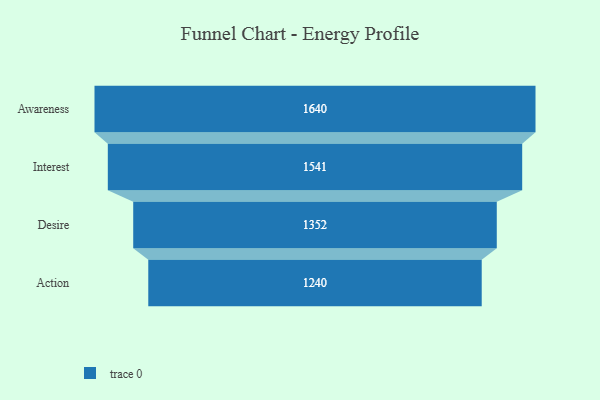
{"axis": {"x": "Stage", "y": "Value"}, "legend": [""], "data": [{"x": "Awareness", "y": 1640.0, "type": ""}, {"x": "Interest", "y": 1541.0, "type": ""}, {"x": "Desire", "y": 1352.0, "type": ""}, {"x": "Action", "y": 1240.0, "type": ""}]}